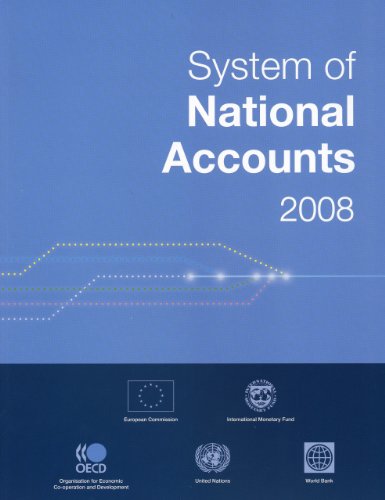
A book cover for System of National Accounts 2008 (Studies in Methods (Ser. F)); United Nations; Business & Money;